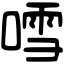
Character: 𠽌